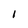
Character: I